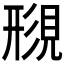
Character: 𫌟